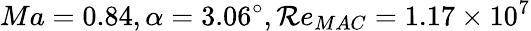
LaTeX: Ma=0.84,\alpha=3.06^{\circ},\mathcal{R}e_{MAC}=1.17\times{10^{7}}